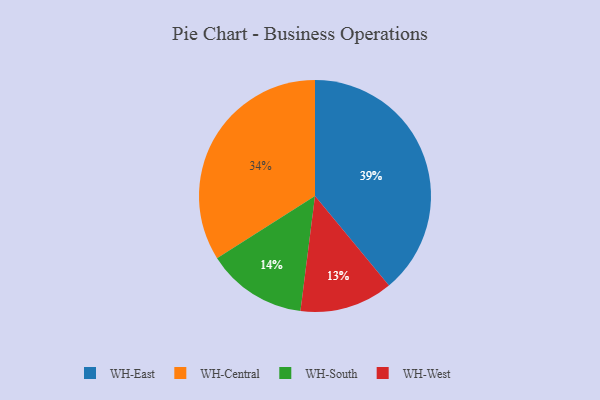
{"axis": {"x": "Category", "y": "Percentage"}, "legend": ["WH-Central", "WH-East", "WH-South", "WH-West"], "data": [{"x": "WH-Central", "y": 34, "type": "WH-Central"}, {"x": "WH-West", "y": 13, "type": "WH-West"}, {"x": "WH-South", "y": 14, "type": "WH-South"}, {"x": "WH-East", "y": 39, "type": "WH-East"}]}